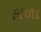
ફાળા